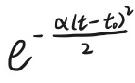
\[ e^{-\frac{\alpha(t - t_0)^2}{2}} \]